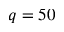
q = 5 0